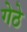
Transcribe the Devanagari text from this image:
गेठे